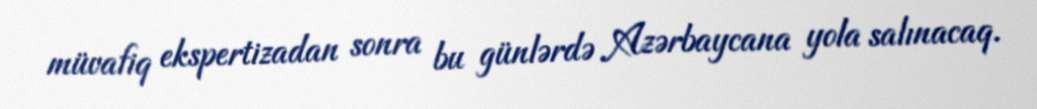
müvafiq ekspertizadan sonra bu günlərdə Azərbaycana yola salınacaq.